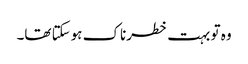
وہ تو بہت خطرناک ہوسکتا تھا۔